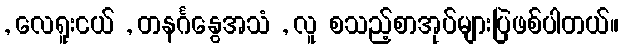
, လေရူးငယ် , တနင်္ဂနွေအသံ , လူ စသည့်စာအုပ်များပြဲဖစ်ပါတယ်။